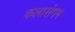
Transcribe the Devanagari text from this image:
कलासंगम